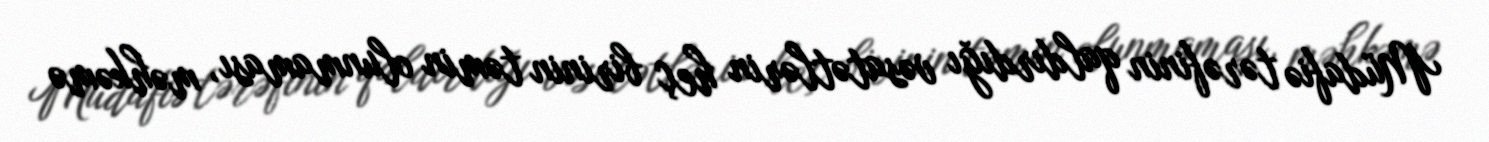
Müdafiə tərəfinin qaldırdığı vəsatətlərin heç birinin təmin olunmaması, məhkəmə